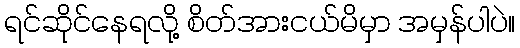
ရင်ဆိုင်နေရလို့ စိတ်အားငယ်မိမှာ အမှန်ပါပဲ။